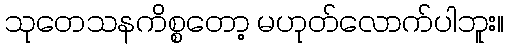
သုတေသနကိစ္စတော့ မဟုတ်လောက်ပါဘူး။